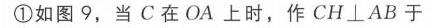
\textcircled{1}如图9，当$C$在$OA$上时，作$CH\perp AB$于